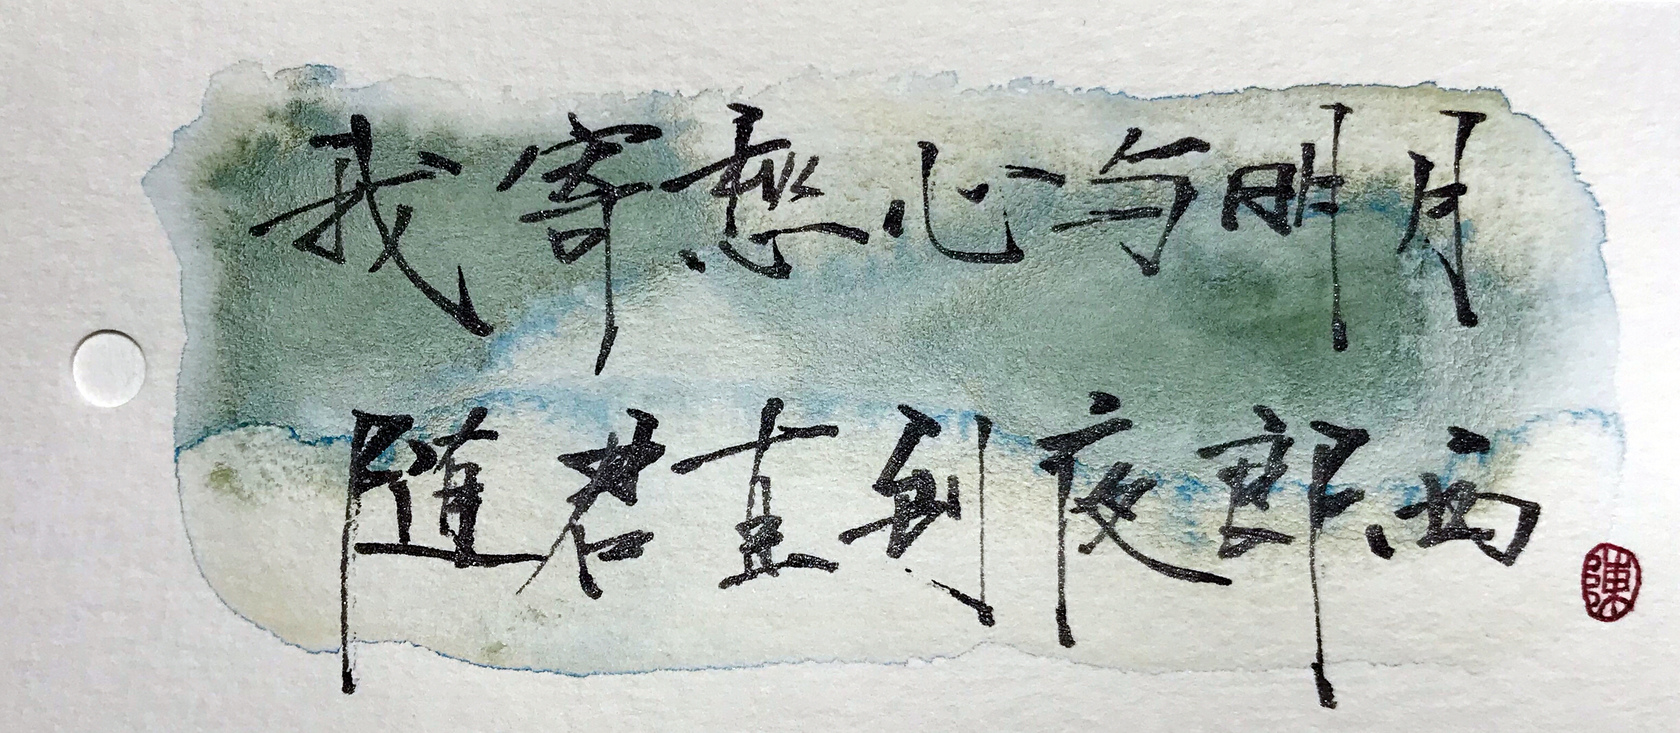
我寄愁心与明月，随君直到夜郎西。